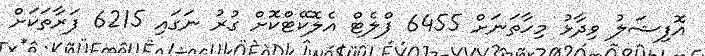
އޮފިޝަލު ވިދާޅު މިހާތަނަށް 6455 ފްލެޓް އެލޮކޭޓްކޮށް ގުރު ނަގައި 6215 ފަރާތަކަށް